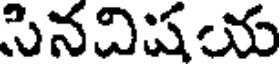
సినవిషయ